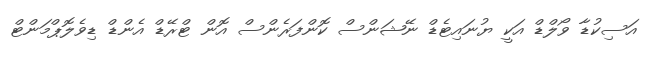
އަސިކުޑާ ވޯލްޑް އަކީ ޔުނައިޓެޑް ނޭޝަންސް ކޮންފަރެންސް އޮން ޓްރޭޑް އެންޑް ޑިވެލޮޕްމަންޓް